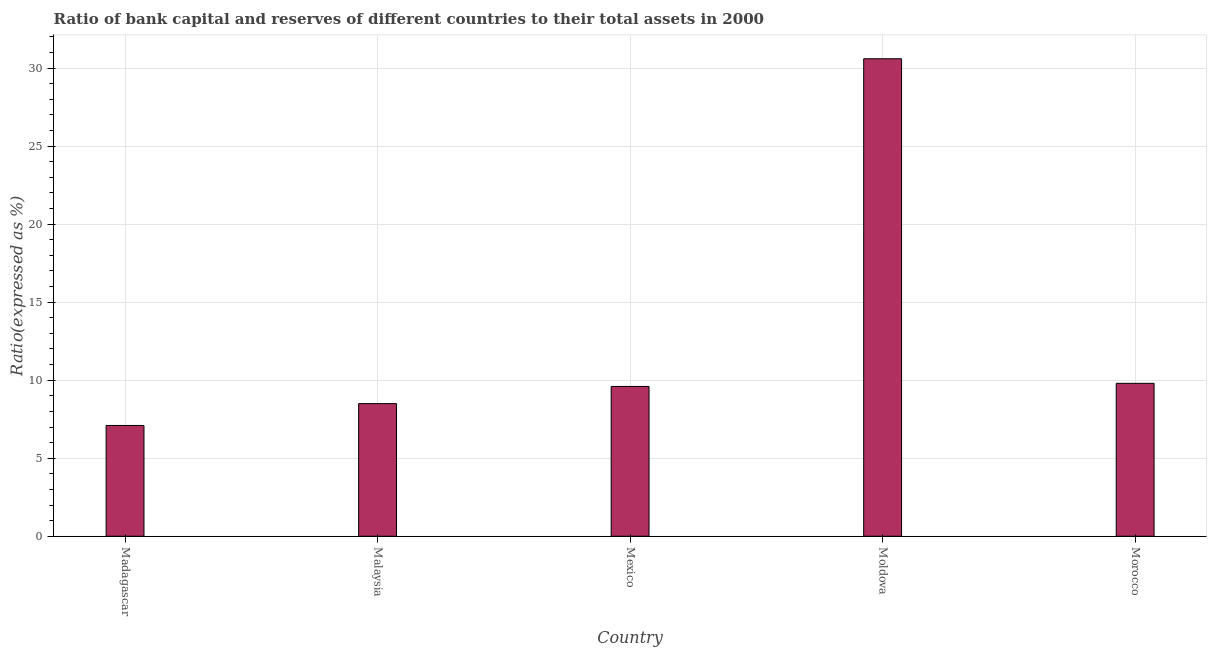
| Country | Bank capital to assets ratio |
 | --- | --- |
 | Madagascar | 7.1 |
 | Malaysia | 8.5 |
 | Mexico | 9.6 |
 | Moldova | 30.6 |
 | Morocco | 9.8 |